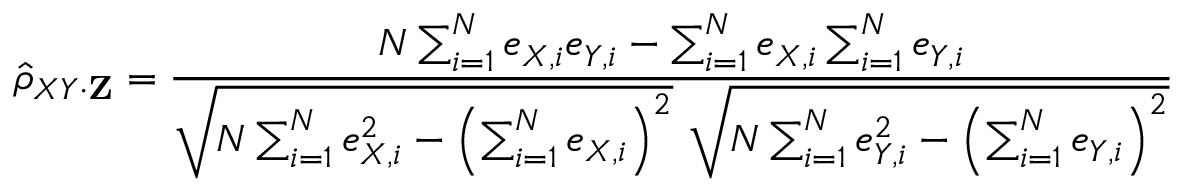
{ \hat { \rho } } _ { X Y \cdot \mathbf { Z } } = { \frac { N \sum _ { i = 1 } ^ { N } e _ { X , i } e _ { Y , i } - \sum _ { i = 1 } ^ { N } e _ { X , i } \sum _ { i = 1 } ^ { N } e _ { Y , i } } { { \sqrt { N \sum _ { i = 1 } ^ { N } e _ { X , i } ^ { 2 } - \left( \sum _ { i = 1 } ^ { N } e _ { X , i } \right) ^ { 2 } } } ~ { \sqrt { N \sum _ { i = 1 } ^ { N } e _ { Y , i } ^ { 2 } - \left( \sum _ { i = 1 } ^ { N } e _ { Y , i } \right) ^ { 2 } } } } }